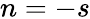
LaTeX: n=-s